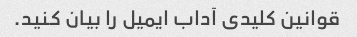
قوانین کلیدی آداب ایمیل را بیان کنید.